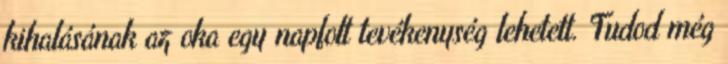
kihalásának az oka egy napfolt tevékenység lehetett. Tudod még